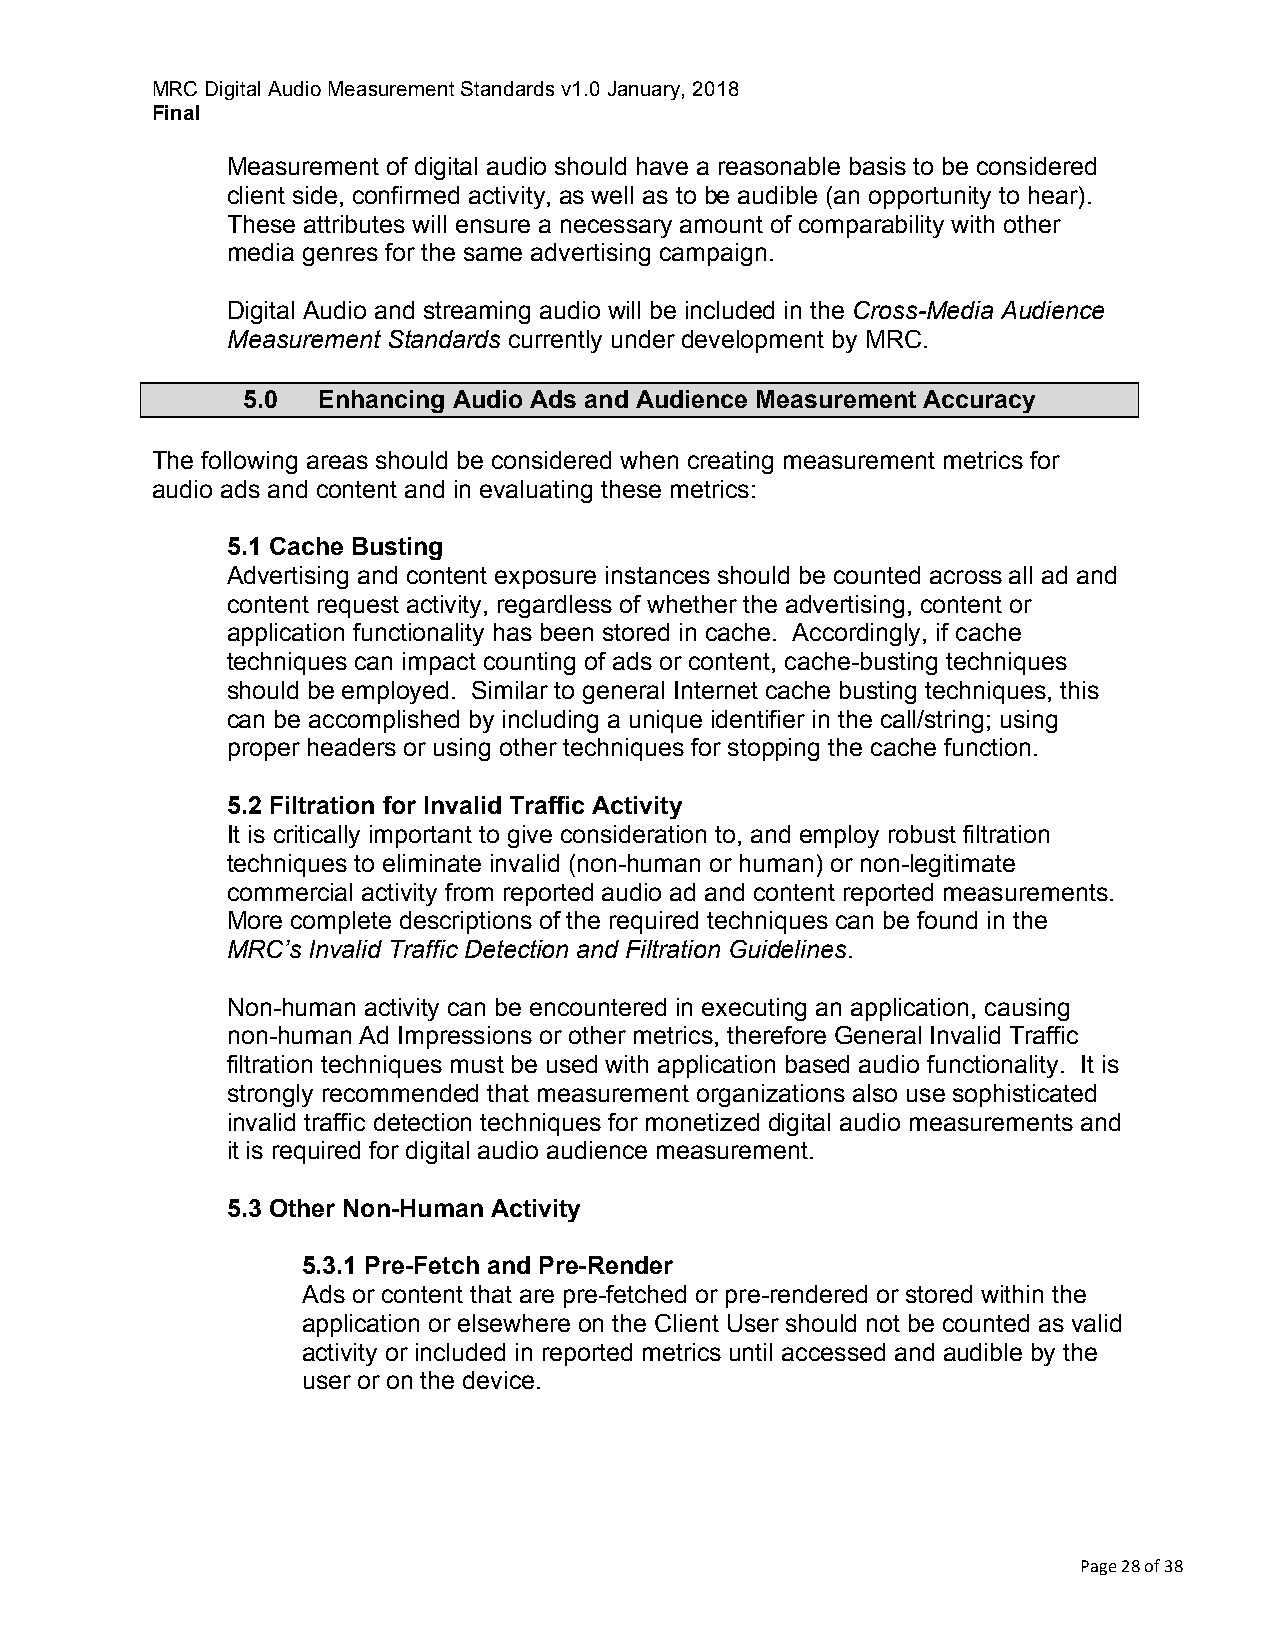
MRC Digital Audio Measurement Standards v1.0 January, 2018
 Final
 Measurement of digital audio should have a reasonable basis to be considered
 client side, confirmed activity, as well as to be audible (an opportunity to hear).
 These attributes will ensure a necessary amount of comparability with other
 media genres for the same advertising campaign.
 Digital Audio and streaming audio will be included in the Cross-Media Audience
 Measurement Standards currently under development by MRC.
 5.0  Enhancing Audio Ads and Audience Measurement Accuracy
 The following areas should be considered when creating measurement metrics for
 audio ads and content and in evaluating these metrics:
 5.1 Cache Busting
 Advertising and content exposure instances should be counted across all ad and
 content request activity, regardless of whether the advertising, content or
 application functionality has been stored in cache. Accordingly, if cache
 techniques can impact counting of ads or content, cache-busting techniques
 should be employed. Similar to general Internet cache busting techniques, this
 can be accomplished by including a unique identifier in the call/string; using
 proper headers or using other techniques for stopping the cache function.
 5.2 Filtration for Invalid Traffic Activity
 It is critically important to give consideration to, and employ robust filtration
 techniques to eliminate invalid (non-human or human) or non-legitimate
 commercial activity from reported audio ad and content reported measurements.
 More complete descriptions of the required techniques can be found in the
 MRC’s Invalid Traffic Detection and Filtration Guidelines.
 Non-human activity can be encountered in executing an application, causing
 non-human Ad Impressions or other metrics, therefore General Invalid Traffic
 filtration techniques must be used with application based audio functionality. It is
 strongly recommended that measurement organizations also use sophisticated
 invalid traffic detection techniques for monetized digital audio measurements and
 it is required for digital audio audience measurement.
 5.3 Other Non-Human Activity
 5.3.1 Pre-Fetch and Pre-Render
 Ads or content that are pre-fetched or pre-rendered or stored within the
 application or elsewhere on the Client User should not be counted as valid
 activity or included in reported metrics until accessed and audible by the
 user or on the device.
 Page 28 of 38